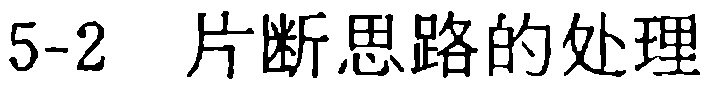
5-2 片断思路的处理